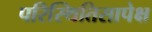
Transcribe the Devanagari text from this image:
परिस्थितिसापेक्ष